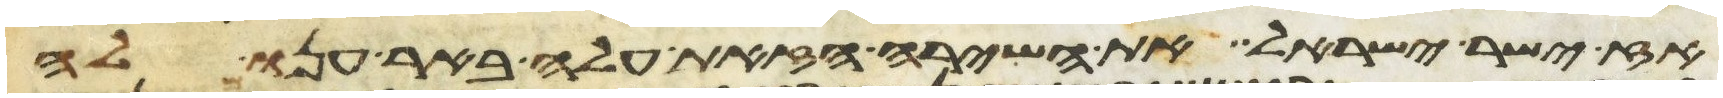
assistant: אז ישיר ישראל את השירה הזאת עלה באר ענו לה